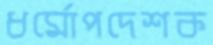
ধর্মোপদেশক